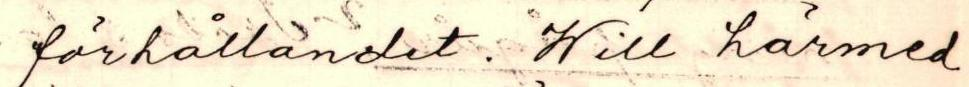
förhålländet. Will härmed